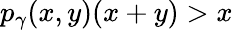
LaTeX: p_{\gamma}(x,y)(x+y)>x